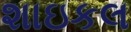
શાઇકલ